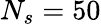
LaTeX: N_{s}=50